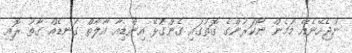
ނުޖެހޭނެއޭ މަމެން ނޯކަރުންގެ ގޮތުގައި ގެންގުޅޭ އިންޑިއާ އާލާތް ގަނޑެއް ގާތު ރޮއި